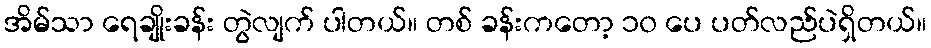
အိမ်သာ ရေချိုးခန်း တွဲလျက် ပါတယ်။ တစ် ခန်းကတော့ ၁၀ ပေ ပတ်လည်ပဲရှိတယ်။